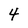
Character: 4